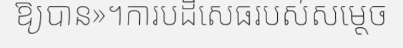
ឱ្យបាន»។ការបដិសេធរបស់សម្តេច